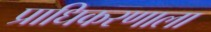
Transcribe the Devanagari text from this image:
प्राधिकरणाला